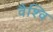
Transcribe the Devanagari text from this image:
वैश्वि